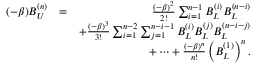
\begin{array} { r l r } { ( - \beta ) B _ { U } ^ { ( n ) } } & { = } & { \frac { ( - \beta ) ^ { 2 } } { 2 ! } \sum _ { i = 1 } ^ { n - 1 } B _ { L } ^ { ( i ) } B _ { L } ^ { ( n - i ) } } \\ & { } & { + \frac { ( - \beta ) ^ { 3 } } { 3 ! } \sum _ { i = 1 } ^ { n - 2 } \sum _ { j = 1 } ^ { n - i - 1 } B _ { L } ^ { ( i ) } B _ { L } ^ { ( j ) } B _ { L } ^ { ( n - i - j ) } } \\ & { } & { + \cdots + \frac { ( - \beta ) ^ { n } } { n ! } \left( B _ { L } ^ { ( 1 ) } \right) ^ { n } . } \end{array}